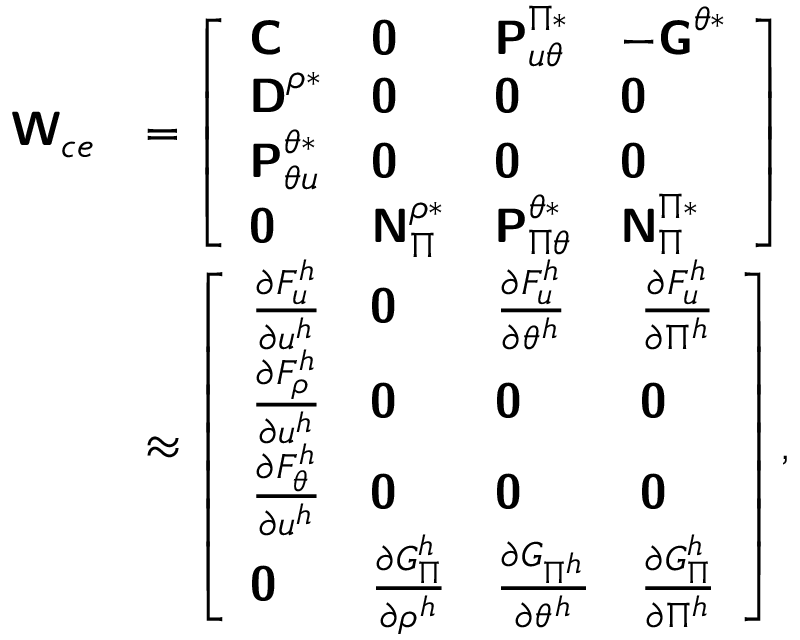
\begin{array} { r l } { \boldsymbol { \mathsf { W } } _ { c e } } & { = \left[ \begin{array} { l l l l } { \boldsymbol { \mathsf { C } } } & { \boldsymbol { \mathsf { 0 } } } & { \boldsymbol { \mathsf { P } } _ { u \theta } ^ { \Pi * } } & { - \boldsymbol { \mathsf { G } } ^ { \theta * } } \\ { \boldsymbol { \mathsf { D } } ^ { \rho * } } & { \boldsymbol { \mathsf { 0 } } } & { \boldsymbol { \mathsf { 0 } } } & { \boldsymbol { \mathsf { 0 } } } \\ { \boldsymbol { \mathsf { P } } _ { \theta u } ^ { \theta * } } & { \boldsymbol { \mathsf { 0 } } } & { \boldsymbol { \mathsf { 0 } } } & { \boldsymbol { \mathsf { 0 } } } \\ { \boldsymbol { \mathsf { 0 } } } & { \boldsymbol { \mathsf { N } } _ { \Pi } ^ { \rho * } } & { \boldsymbol { \mathsf { P } } _ { \Pi \theta } ^ { \theta * } } & { \boldsymbol { \mathsf { N } } _ { \Pi } ^ { \Pi * } } \end{array} \right] } \\ & { \approx \left[ \begin{array} { l l l l } { \frac { \partial F _ { u } ^ { h } } { \partial \boldsymbol { u } ^ { h } } } & { \boldsymbol { \mathsf { 0 } } } & { \frac { \partial F _ { u } ^ { h } } { \partial \theta ^ { h } } } & { \frac { \partial F _ { u } ^ { h } } { \partial \Pi ^ { h } } } \\ { \frac { \partial F _ { \rho } ^ { h } } { \partial \boldsymbol { u } ^ { h } } } & { \boldsymbol { \mathsf { 0 } } } & { \boldsymbol { \mathsf { 0 } } } & { \boldsymbol { \mathsf { 0 } } } \\ { \frac { \partial F _ { \theta } ^ { h } } { \partial \boldsymbol { u } ^ { h } } } & { \boldsymbol { \mathsf { 0 } } } & { \boldsymbol { \mathsf { 0 } } } & { \boldsymbol { \mathsf { 0 } } } \\ { \boldsymbol { \mathsf { 0 } } } & { \frac { \partial G _ { \Pi } ^ { h } } { \partial \rho ^ { h } } } & { \frac { \partial G _ { \Pi ^ { h } } } { \partial \theta ^ { h } } } & { \frac { \partial G _ { \Pi } ^ { h } } { \partial \Pi ^ { h } } } \end{array} \right] , } \end{array}